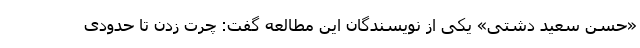
«حسن سعید دشتی» یکی از نویسندگان این مطالعه گفت: چرت زدن تا حدودی